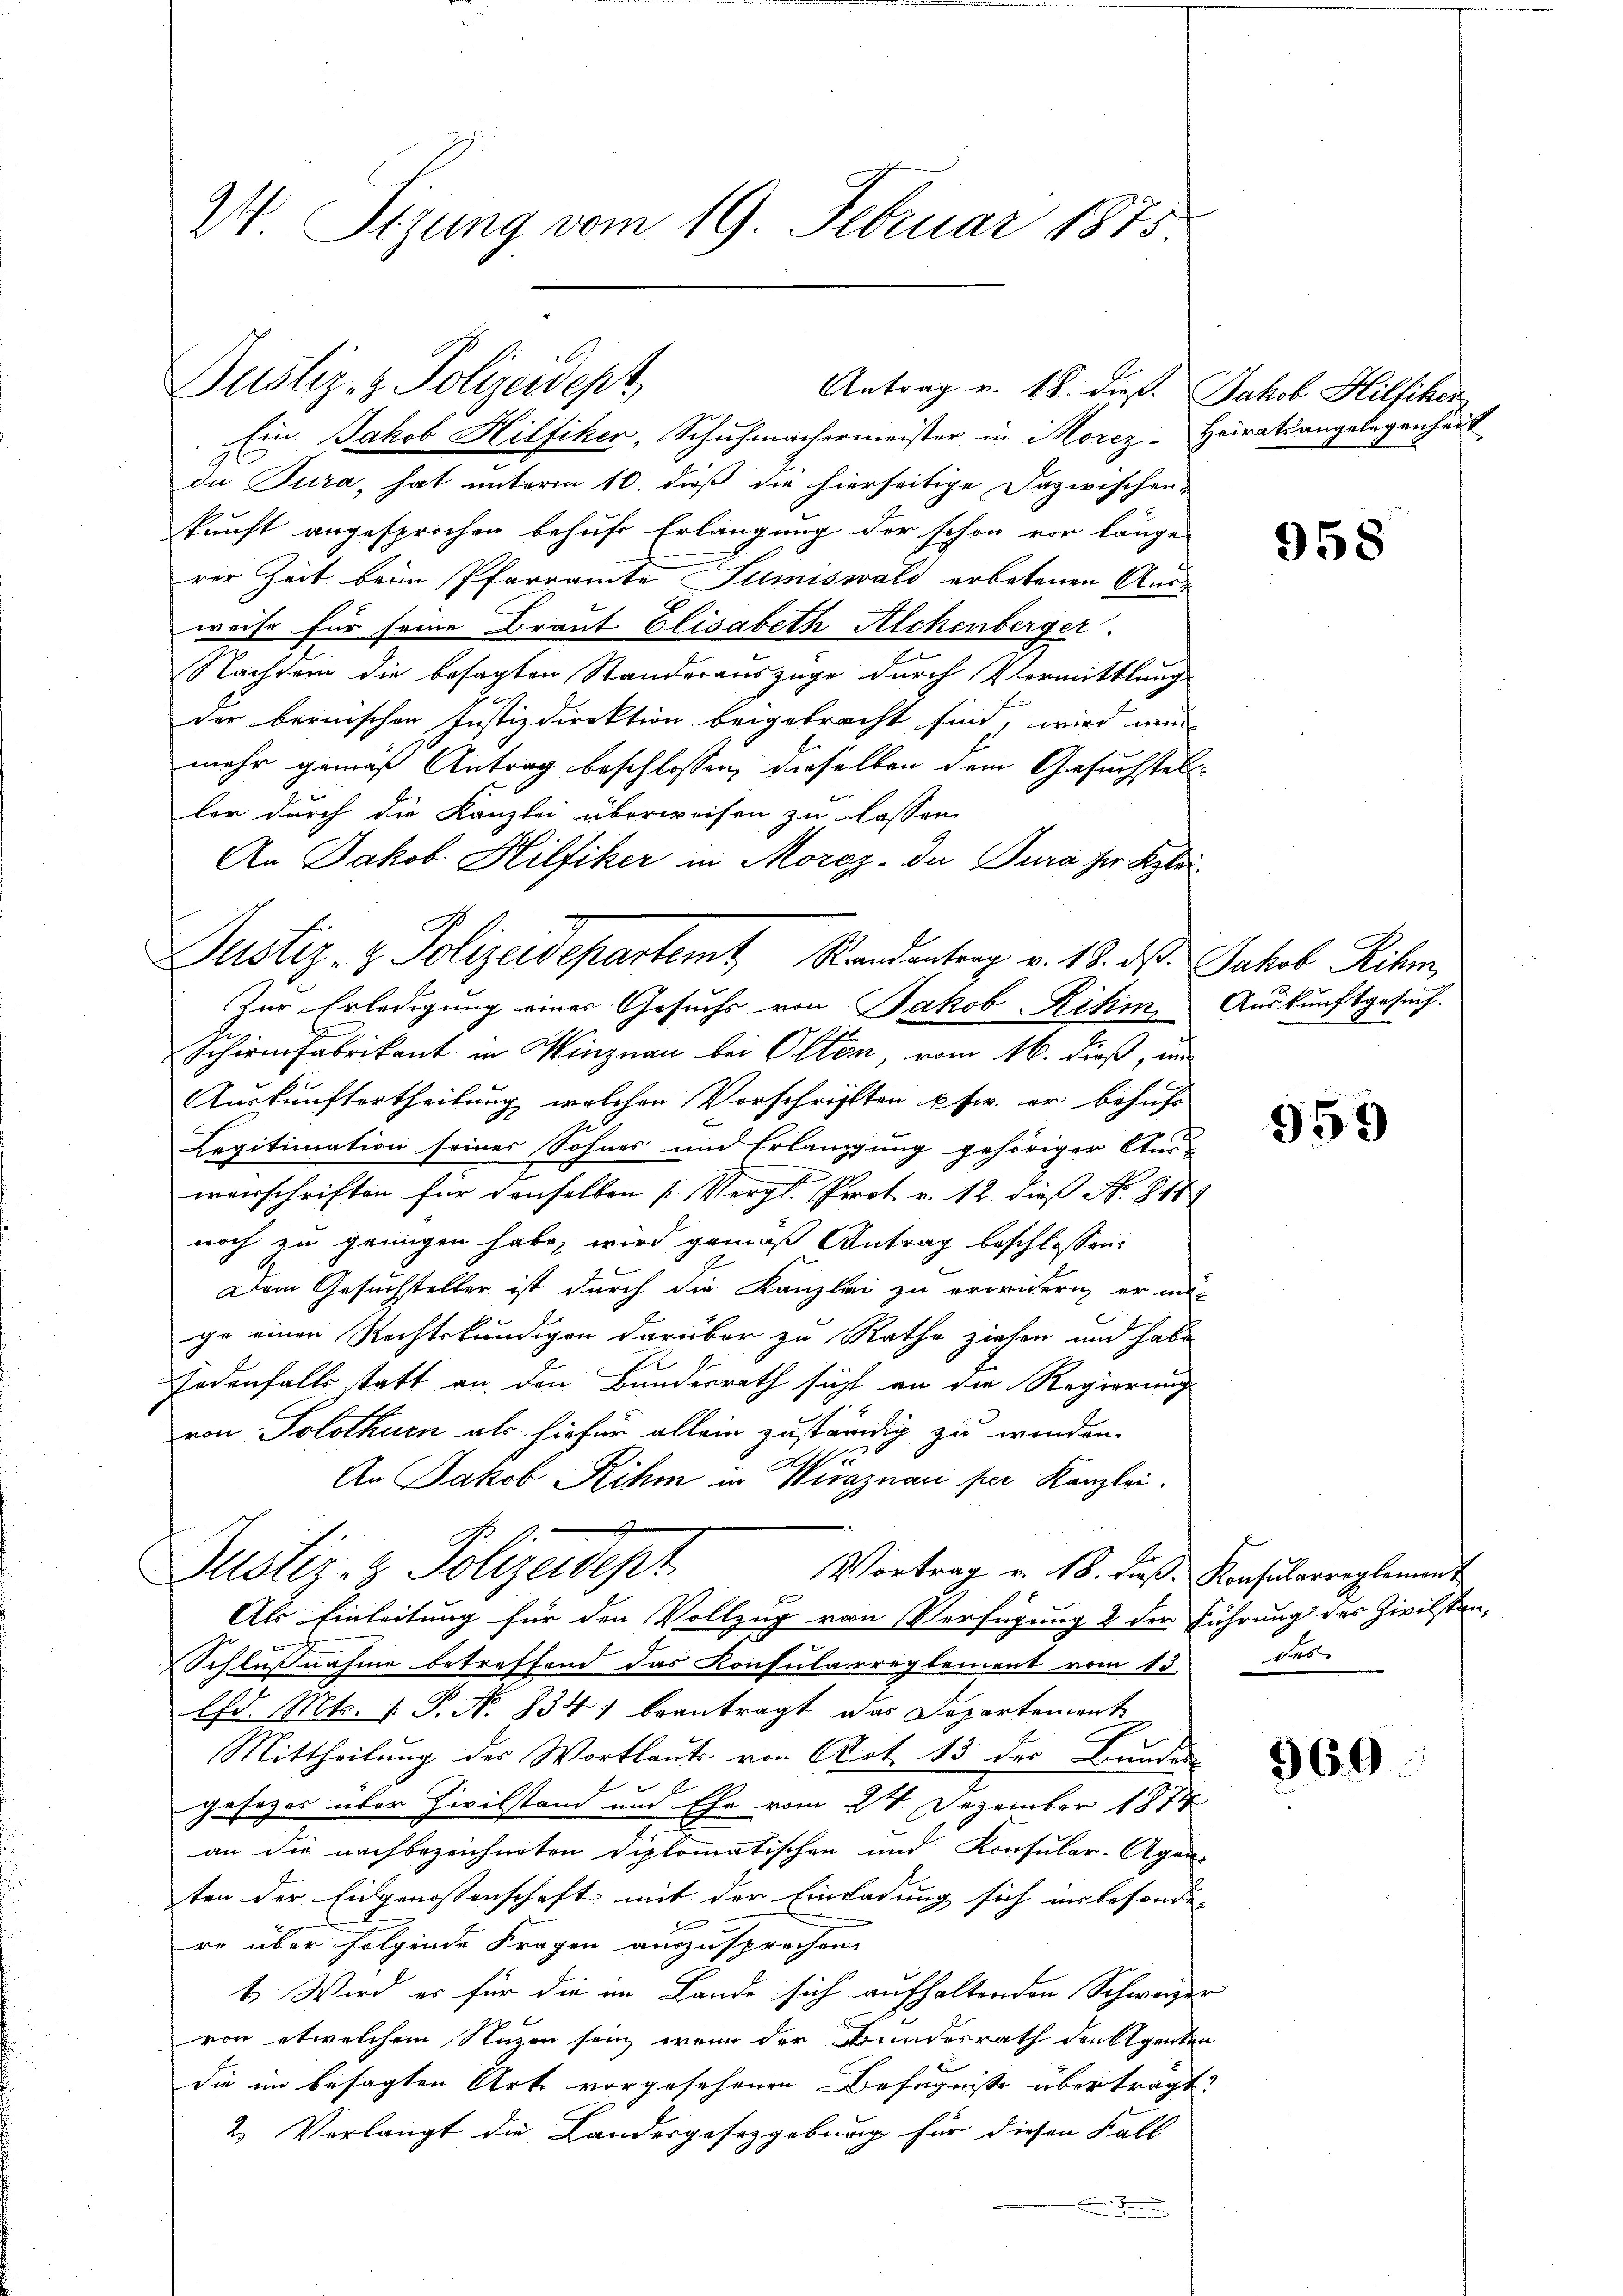
24. Sizung vom 19. Februar 1875.

Justiz- & Polizeidept
Antrag v. 18. dieß. Jakob Hilfiker

Ein Jakob Hilfiker, Schuhmachermeister in Moriz-Heiratsangelegenheit
de Tura, hat unterm 10. dieß die hierseitige Dazwischen
kunft angesprochen behufe Erlangung der schon vor länge
rer Zeit beim Pfarramte Sumiswald erbetenen Ausweise für seine Braut Elisabeth Alchenberger.
Nachtem die besagten Standerauszüge durch Vermittlung
der bernischen Justizdirektion beigebracht sind, wird nun
mehr gemäß Antrag beschlossen, dieselben dem Gesuchstell
ler durch die Kanzlei überweisen zu lassen.
An Jakob. Hilfiker in Moroz. In Jura der Klei¬
Zur Erledigung einer Gesuchs von Jakob Rihm. Auskunftgesuch.
Schirmfabrikant in Winznau bei Olten, vom 16. dieß, un
Auskunftertheilung welchen Vorschriften usw. er behufs
Legitimation seines Sohnes um Erlangung gehöriger Aus-
vorschriften für denselben (Vergl. Prot. v. 12. dieß No. 811
noch zu genügen habe, wird gemäß Antrag beschlossen:
Dem Gesuchsteller ist durch die Kanzlei zu erwidern er mi-
ge einen Rechtskundigen darüber zu Rathe ziehen und habe
Fodenfalls statt an den Bundesrath sicht an die Regierung
von Solothurn als hiefür allein zuständig zu werden.
An Jakob Rihm in Wiraznau per Kanzlei.
Justiz- & Polizeidepr
Vortrag v. 18. dieß. Konsularreglement

Als Einleitung für den Vollzug von Verfügung 2 der Führung des Zivilstan¬
.
Schlußnahme betreffend das Konsularreglement vom 13. des
Chd. Mts. 1. P. N. 834) beantragt, das Departement
Mittheilung der Wortlaute von Art. 13 der Bunden
f
gesezes über Zivilstand um Ehe vom 24. Dezember 1874
an die nachbezeichneten Diplomatischen und Konsular-Agen-
ten der Eidgenossenschaft mit der Einladung sich insbesonde-
re über folgende Fragen auszusprechen
1. Wird es für die im Lande sich aufhaltenden Schweizer
von etwelchem Nuzen sein, wenn der Bundesrath den Eigenten
die im besagten Art vorgesehenen Befugnisse übertragt:
2. Verlangt die Landesgesetzgebung für diesen Fall

Justiz- & Polizeidepartem Standentrag v. 18. ds. Jakob Rihm,

958

959

960.